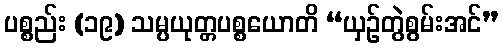
ပစ္စည်း (၁၉) သမ္ပယုတ္တပစ္စယောတိ “ယှဉ်တွဲစွမ်းအင်”